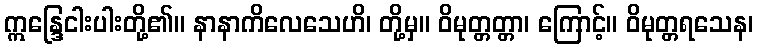
ဣန္ဒြေငါးပါးတို့၏။ နာနာကိလေသေဟိ၊ တို့မှ။ ဝိမုတ္တတ္တာ၊ ကြောင့်။ ဝိမုတ္တရသေန၊